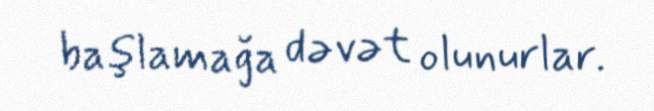
başlamağa dəvət olunurlar.